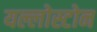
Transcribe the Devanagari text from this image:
यल्लोस्टोन